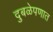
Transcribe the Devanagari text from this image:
दुबळेपणात